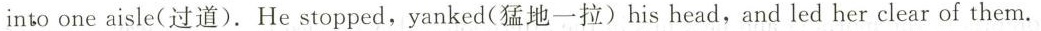
into one aisle(过道).He stopped,yanked(猛地一拉)his head,and led her clear of them.